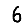
Digit: 6